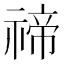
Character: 禘